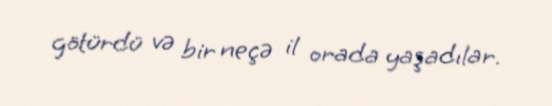
götürdü və bir neçə il orada yaşadılar.